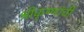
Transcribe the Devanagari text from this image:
श्रीकृष्णांची